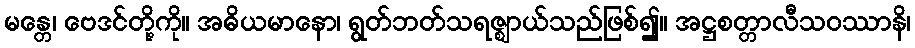
မန္တေ၊ ဗေဒင်တို့ကို။ အဓိယမာနော၊ ရွတ်ဘတ်သရဇ္ဈာယ်သည်ဖြစ်၍။ အဋ္ဌစတ္တာလီသဝဿာနိ၊